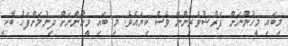
މިބައި މީހުންނަށް ފަރްޟުވެރިންނޭ ވެސް ކިޔައެވެ. މި ބައި މީހުންނަށް ދިނުމަށްފަހު ބާކީ